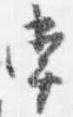
常